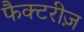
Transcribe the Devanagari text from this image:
फैक्टरीज़